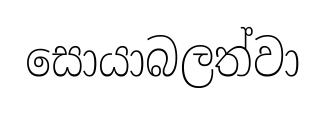
සොයාබලත්වා